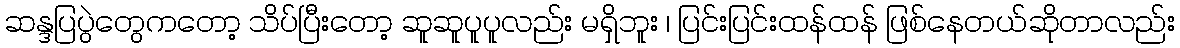
ဆန္ဒပြပွဲတွေကတော့ သိပ်ပြီးတော့ ဆူဆူပူပူလည်း မရှိဘူး ၊ ပြင်းပြင်းထန်ထန် ဖြစ်နေတယ်ဆိုတာလည်း